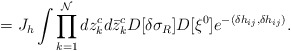
\begin{align*}=J_h \int \prod_{k=1}^{\cal N} dz^c_k d \bar z^c_k D[\delta\sigma_R]D[\xi^0] e^{-( \delta h_{ij}, \delta h_{ij} ) }.\end{align*}